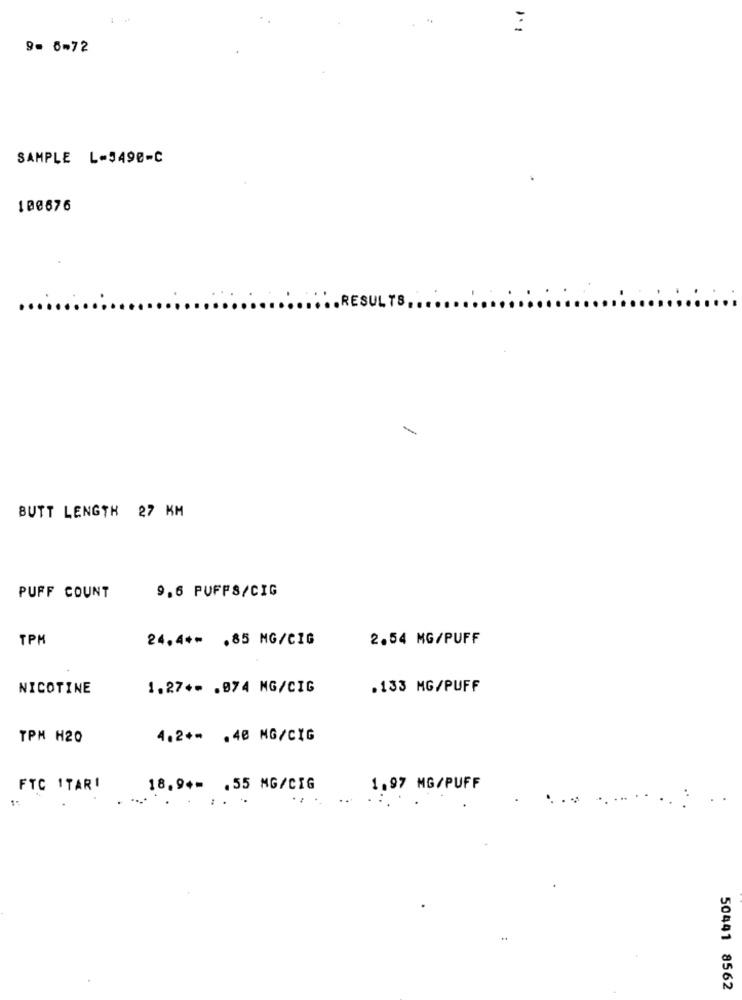
...
9- 6-72
SAMPLE L-5498-C
100676
RESULTS ..
BUTT LENGTH 27 KM
9.6 PUFFS/CIG
PUFF COUNT
TPM
24.4 ** . 85 MG/CIG
2.54 MG/PUFF
NICOTINE
1.27+- . 074 MG/CIG
.133 MG/PUFF
TPM H20
4.2 ** . 40 MG/CIG
FTC ITARI
18.9+= . 55 MG/CIG
1.97 MG/PUFF
1:
50441 8562